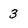
Character: 3